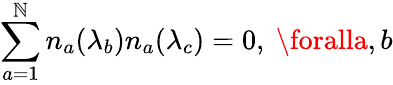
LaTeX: \sum_{a=1}^{\mathbb{N}}n_{a}(\lambda_{b})n_{a}(\lambda_{c})=0,\ \foralla,b